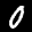
Label: 0